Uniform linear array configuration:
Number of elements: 64
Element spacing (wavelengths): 1
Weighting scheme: blackman
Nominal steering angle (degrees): -30
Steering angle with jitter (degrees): -28.702
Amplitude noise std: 0.05
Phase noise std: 0.05

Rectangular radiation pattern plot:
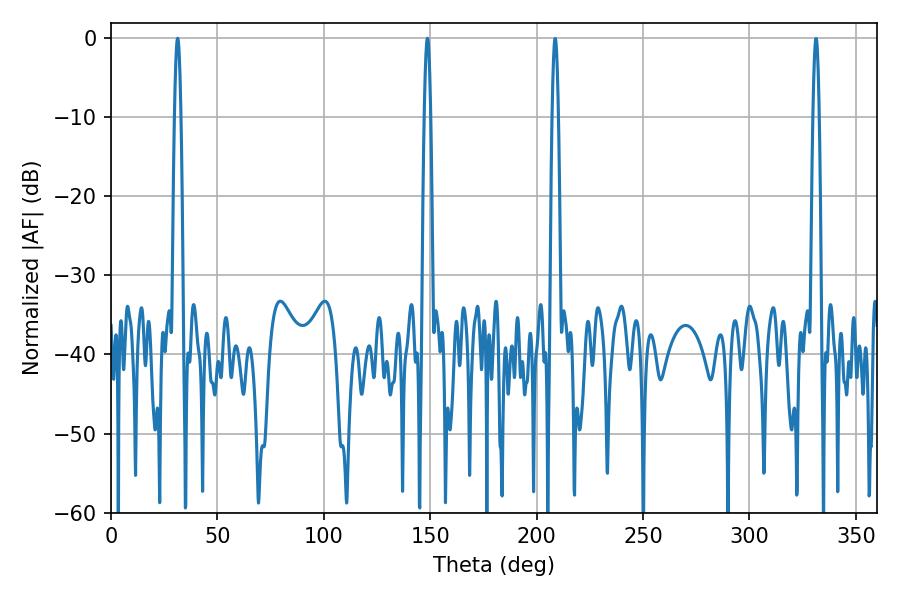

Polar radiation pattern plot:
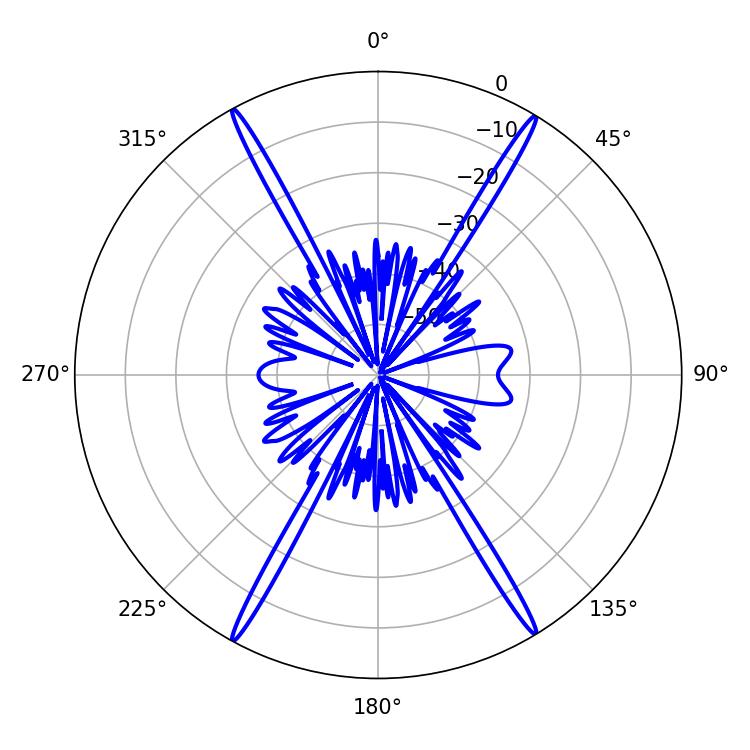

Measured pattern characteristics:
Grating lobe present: TRUE
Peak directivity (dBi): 27.759
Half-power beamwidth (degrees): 1.44
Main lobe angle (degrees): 31.32